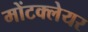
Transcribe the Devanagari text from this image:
मोंटक्लेयर